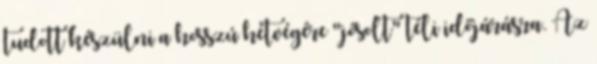
tudott készülni a hosszú hétvégére "jósolt" téli időjárásra. Az